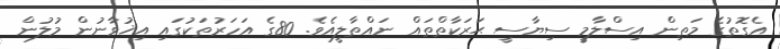
އެގޮތުގެ މަތިން އިސްލާމީ ސިޔާސީ ޙަރަކާތްތައް ނައްތާލީއެވެ. 80ގެ އަހަރުތަކުގައި އިޚުވާނުން މުލުން